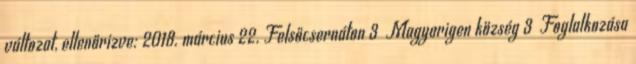
változat, ellenőrizve: 2018. március 22. Felsőcsernáton 3 Magyarigen község 3 Foglalkozása